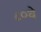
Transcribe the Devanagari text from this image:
८०वे